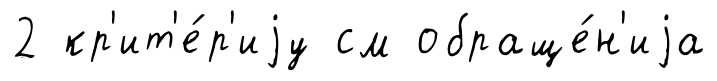
2 кр'ит'е́р'иjу см обраще́н'иjа